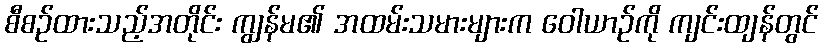
စီစဉ်ထားသည့်အတိုင်း ကျွန်မ၏ အထမ်းသမားများက ဝေါယာဉ်ကို ကျင်းထျန်တွင်